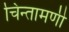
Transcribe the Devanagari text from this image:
चिन्तामणी